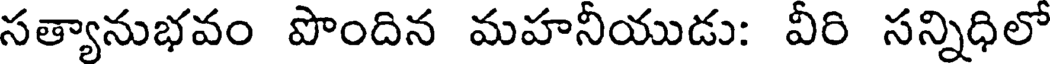
సత్యానుభవం పొందిన మహనీయుడు: వీరి సన్నిధిలో